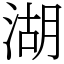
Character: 湖